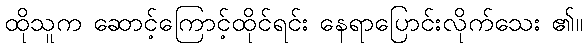
ထိုသူက ဆောင့်ကြောင့်ထိုင်ရင်း နေရာပြောင်းလိုက်သေး ၏။